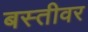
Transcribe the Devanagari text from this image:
बस्तीवर